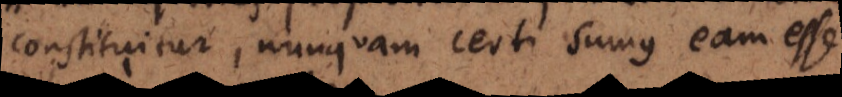
constituitur, nunquam certi sumus eam esse